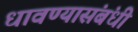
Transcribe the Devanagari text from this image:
धावण्यासंबंधी